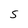
Character: s